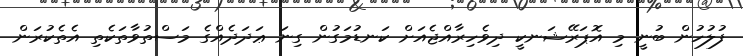
ފުލުހުން ބުނީ މި އޮޕަރޭޝަނކީ ދިވެހިރާއްޖެއަށް ކަނޑުމަގުން ގިނަ ޢަދަދެއްގެ މަސްތުވާތަކެތި އެތެކުރަން